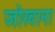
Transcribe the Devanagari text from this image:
जोखाना